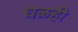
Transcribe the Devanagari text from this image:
घळही